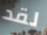
لقد